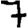
Digit: 7